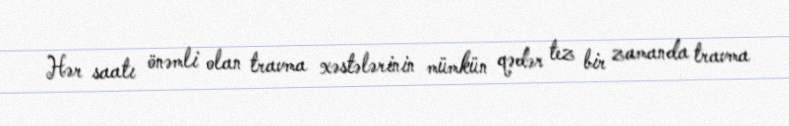
Hər saatı önəmli olan travma xəstələrinin mümkün qədər tez bir zamanda travma